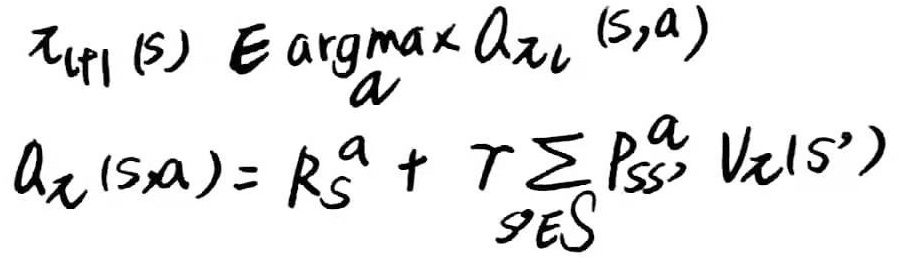
\[
\begin{align*}
\pi_{LPI}(s) &\in \underset{a}{\arg\max} q_{\pi_l}(s,a)\\
q_{\pi}(s,a) &= R_s^a + \gamma \sum_{s'\in S} P_{ss'}^a V_{\pi}(s')
\end{align*}
\]